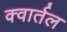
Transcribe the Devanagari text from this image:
क्वार्तल